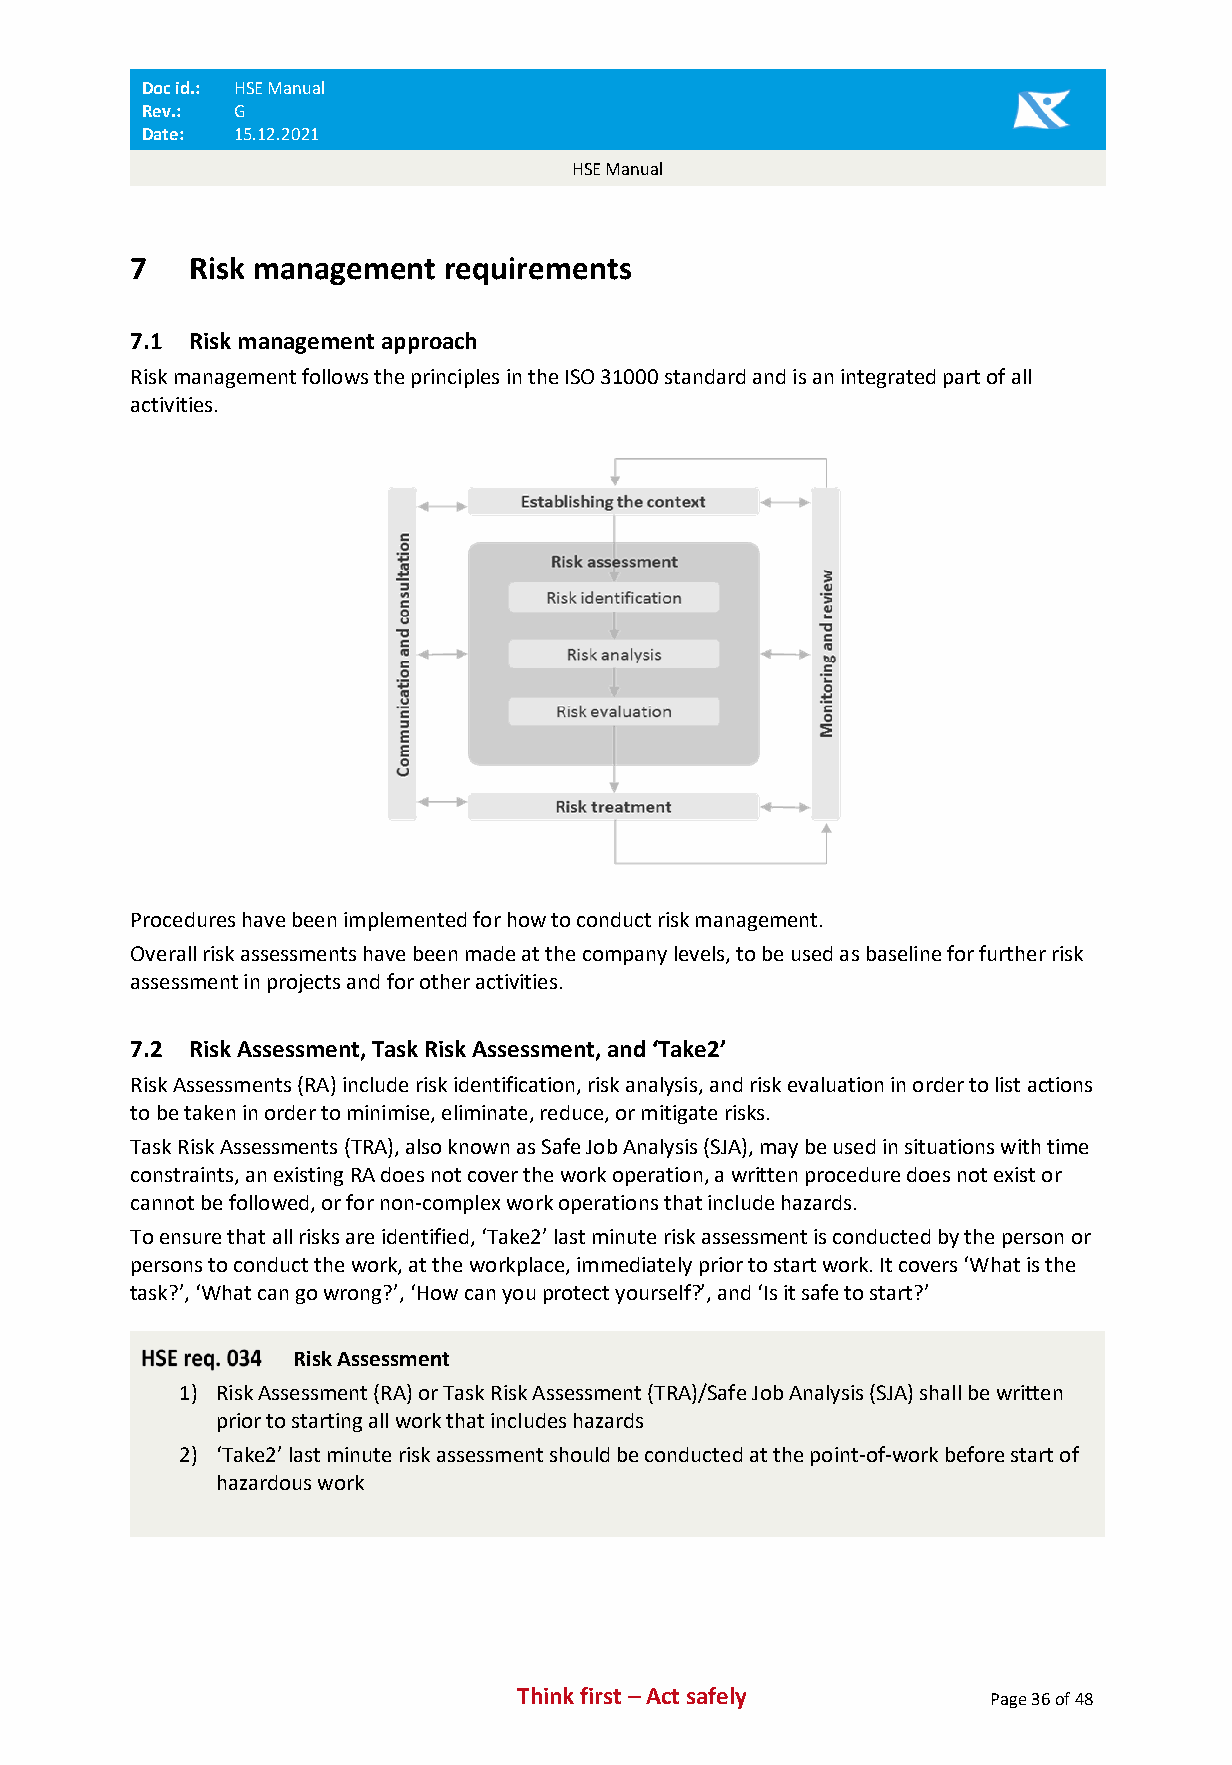
Doc id.: HSE Manual
 Rev.: G
 Date: 15.12.2021
 HSE Manual
 7   Risk management  requirements
 7.1 Risk management approach
 Risk management follows the principles in the ISO 31000 standard and is an integrated part of all
 activities.
 Procedures have been implemented for how to conduct risk management.
 Overall risk assessments have been made at the company levels, to be used as baseline for further risk
 assessment in projects and for other activities.
 7.2 Risk Assessment, Task Risk Assessment, and ‘Take2’
 Risk Assessments (RA) include risk identification, risk analysis, and risk evaluation in order to list actions
 to be taken in order to minimise, eliminate, reduce, or mitigate risks.
 Task Risk Assessments (TRA), also known as Safe Job Analysis (SJA), may be used in situations with time
 constraints, an existing RA does not cover the work operation, a written procedure does not exist or
 cannot be followed, or for non-complex work operations that include hazards.
 To ensure that all risks are identified, ‘Take2’ last minute risk assessment is conducted by the person or
 persons to conduct the work, at the workplace, immediately prior to start work. It covers ‘What is the
 task?’, ‘What can go wrong?’, ‘How can you protect yourself?’, and ‘Is it safe to start?’
 Risk Assessment
 1) Risk Assessment (RA) or Task Risk Assessment (TRA)/Safe Job Analysis (SJA) shall be written
 prior to starting all work that includes hazards
 2) ‘Take2’ last minute risk assessment should be conducted at the point-of-work before start of
 hazardous work
 Think first – Act safely       Page 36 of 48